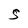
Character: S